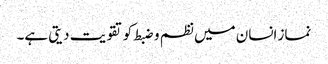
نماز انسان میں نظم و ضبط کو تقویت دیتی ہے۔